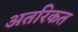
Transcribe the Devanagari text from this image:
अतरिकत